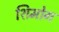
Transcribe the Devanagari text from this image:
शिमोग